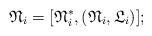
LaTeX: \begin{align*}\mathfrak{N}_{i} = [\mathfrak{N}_{i}^{*}, (\mathfrak{N}_{i}, \mathfrak{L}_{i})];\end{align*}